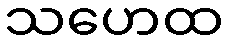
သဟေထ